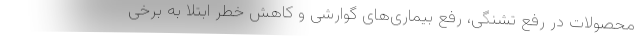
محصولات در رفع تشنگی، رفع بیماری‌های گوارشی و کاهش خطر ابتلا به برخی